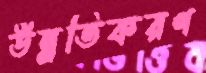
উন্নতিকরণ